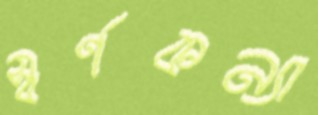
স্বর্ণকন্যা